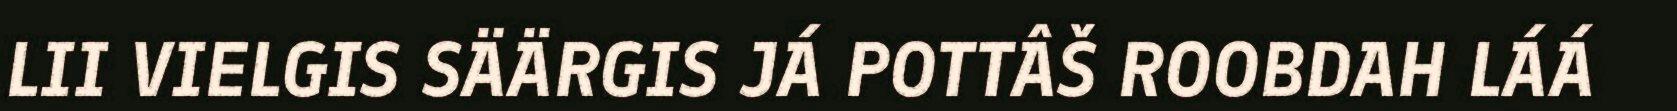
LII VIELGIS SÄÄRGIS JÁ POTTÂŠ ROOBDAH LÁÁ